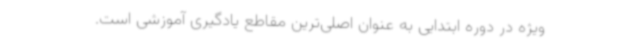
ویژه در دوره ابتدایی به عنوان اصلی‌ترین مقاطع یادگیری آموزشی است.